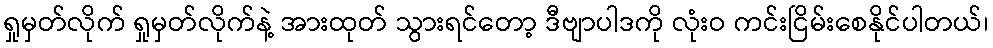
ရှုမှတ်လိုက် ရှုမှတ်လိုက်နဲ့ အားထုတ် သွားရင်တော့ ဒီဗျာပါဒကို လုံးဝ ကင်းငြိမ်းစေနိုင်ပါတယ်၊